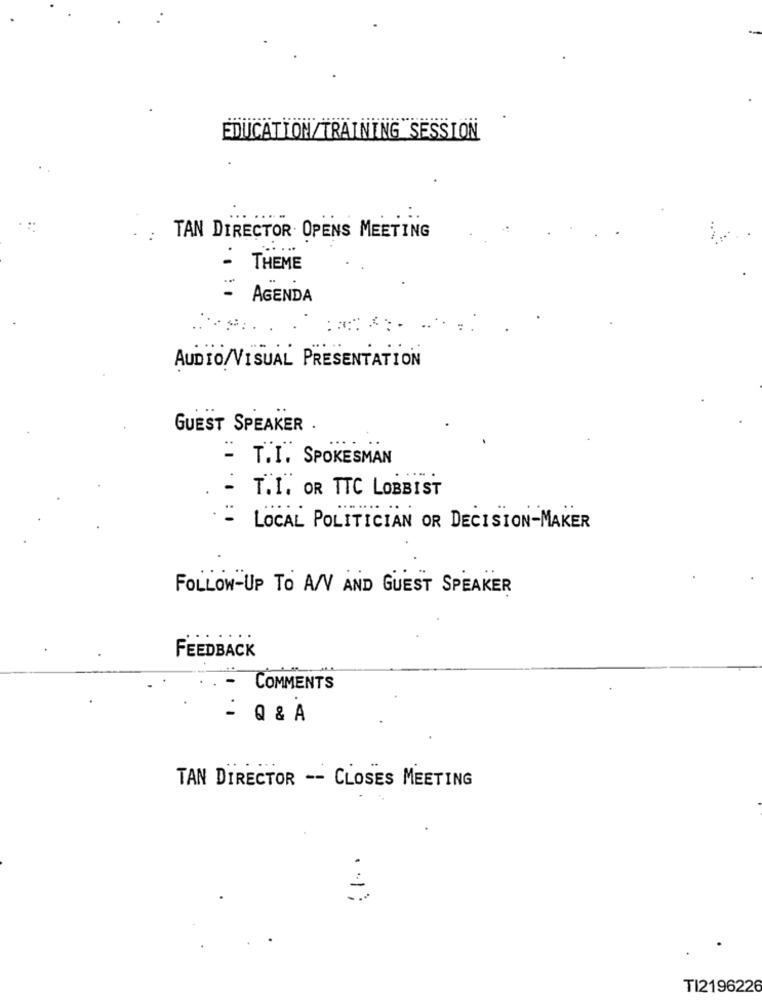
EDUCATION/TRAINING SESSION
TAN DIRECTOR. OPENS MEETING
-
THEME
:
AGENDA
AUDIO/VISUAL PRESENTATION
GUEST SPEAKER
T.I. SPOKESMAN
T.I. OR TTC LOBBIST
LOCAL POLITICIAN OR DECISION-MAKER
FOLLOW-UP TO A/V AND GUEST SPEAKER
FEEDBACK
COMMENTS
- Q & A
TAN DIRECTOR -- CLOSES MEETING
TI2196226